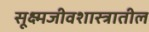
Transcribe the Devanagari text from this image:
सूक्ष्मजीवशास्त्रातील